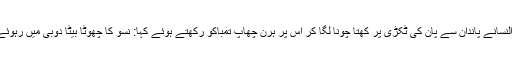
زیب النسانے پاندان سے پان کی ٹکڑی پر کھتا چونا لگا کر اس پر ہرن چھاپ تمباکو رکھتے ہوئے کہا: نسو کا چھوٹا بیٹا دوبی میں رہوئے ہے۔